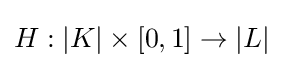
H:|K|\times [0,1]\to |L|